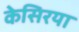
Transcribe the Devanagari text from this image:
केसिरया